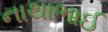
નાથાભાઈ